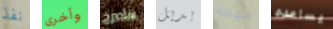
نفذ وأخرى سأصرخ بديل مهمه يساعده